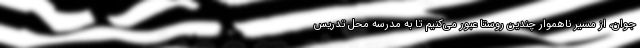
جوان، از مسیر ناهموار چندین روستا عبور می‌کنیم تا به مدرسه محل تدریس